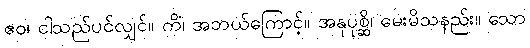
ဧဝ၊ ငါသည်ပင်လျှင်။ ကိံ၊ အဘယ်ကြောင့်။ အနုပုစ္ဆိ၊ မေးမိသနည်း။ သော